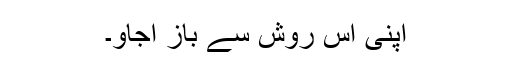
اپنی اس روش سے باز آجاؤ۔